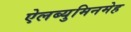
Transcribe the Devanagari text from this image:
ऐलब्युमिनमेह